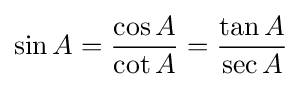
\sin A={\frac {\cos A}{\cot A}}={\frac {\tan A}{\sec A}}